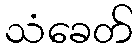
သံခေတ်